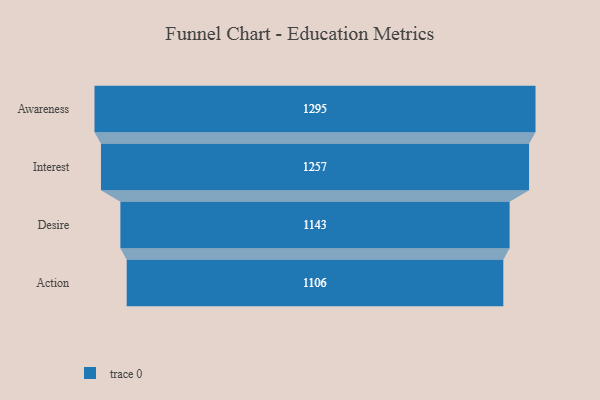
{"axis": {"x": "Stage", "y": "Value"}, "legend": [""], "data": [{"x": "Awareness", "y": 1295.0, "type": ""}, {"x": "Interest", "y": 1257.0, "type": ""}, {"x": "Desire", "y": 1143.0, "type": ""}, {"x": "Action", "y": 1106.0, "type": ""}]}